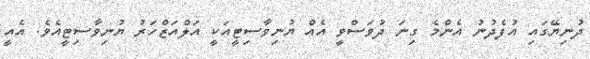
ދުނިޔޭގައި އުފެދުނު އެންމެ ގިނަ ދުވަސްވީ އެއް ޔުނިވާސިޓީއަކީ އަލްއަޒްހަރު ޔުނިވާސިޓީއެވެ. އެއީ